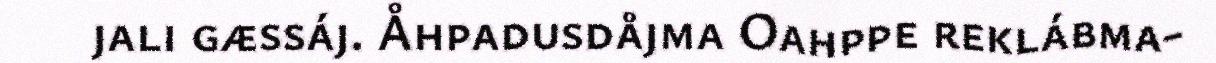
jali gæssáj. Åhpadusdåjma Oahppe reklábma-